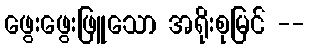
ဖွေးဖွေးဖြူသော အရိုးစုမြင် --